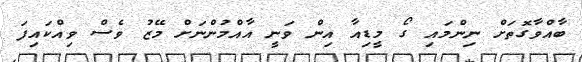
ބާއްވާގޮތަށް ނިންމައި ގޯ މީޑިއާ އިން ވަނީ އާއްމުންނަށް މޭޒު ވެސް ވިއްކައިފަ